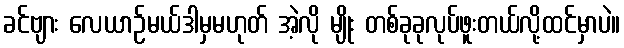
ခင်ဗျား လေယာဉ်မယ်ဒါမှမဟုတ် အဲ့လို မျိုး တစ်ခုခုလုပ်ဖူးတယ်လို့ထင်မှာပဲ။